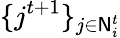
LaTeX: \{ j^{t+1}\} _{j\in\mathsf{N}_{i}^{t}}